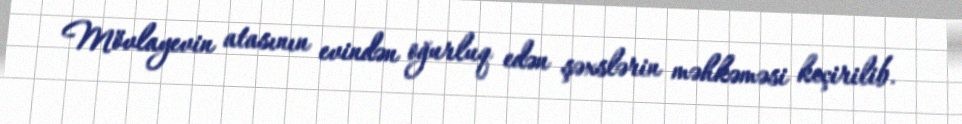
Mövlayevin atasının evindən oğurluq edən şəxslərin məhkəməsi keçirilib.